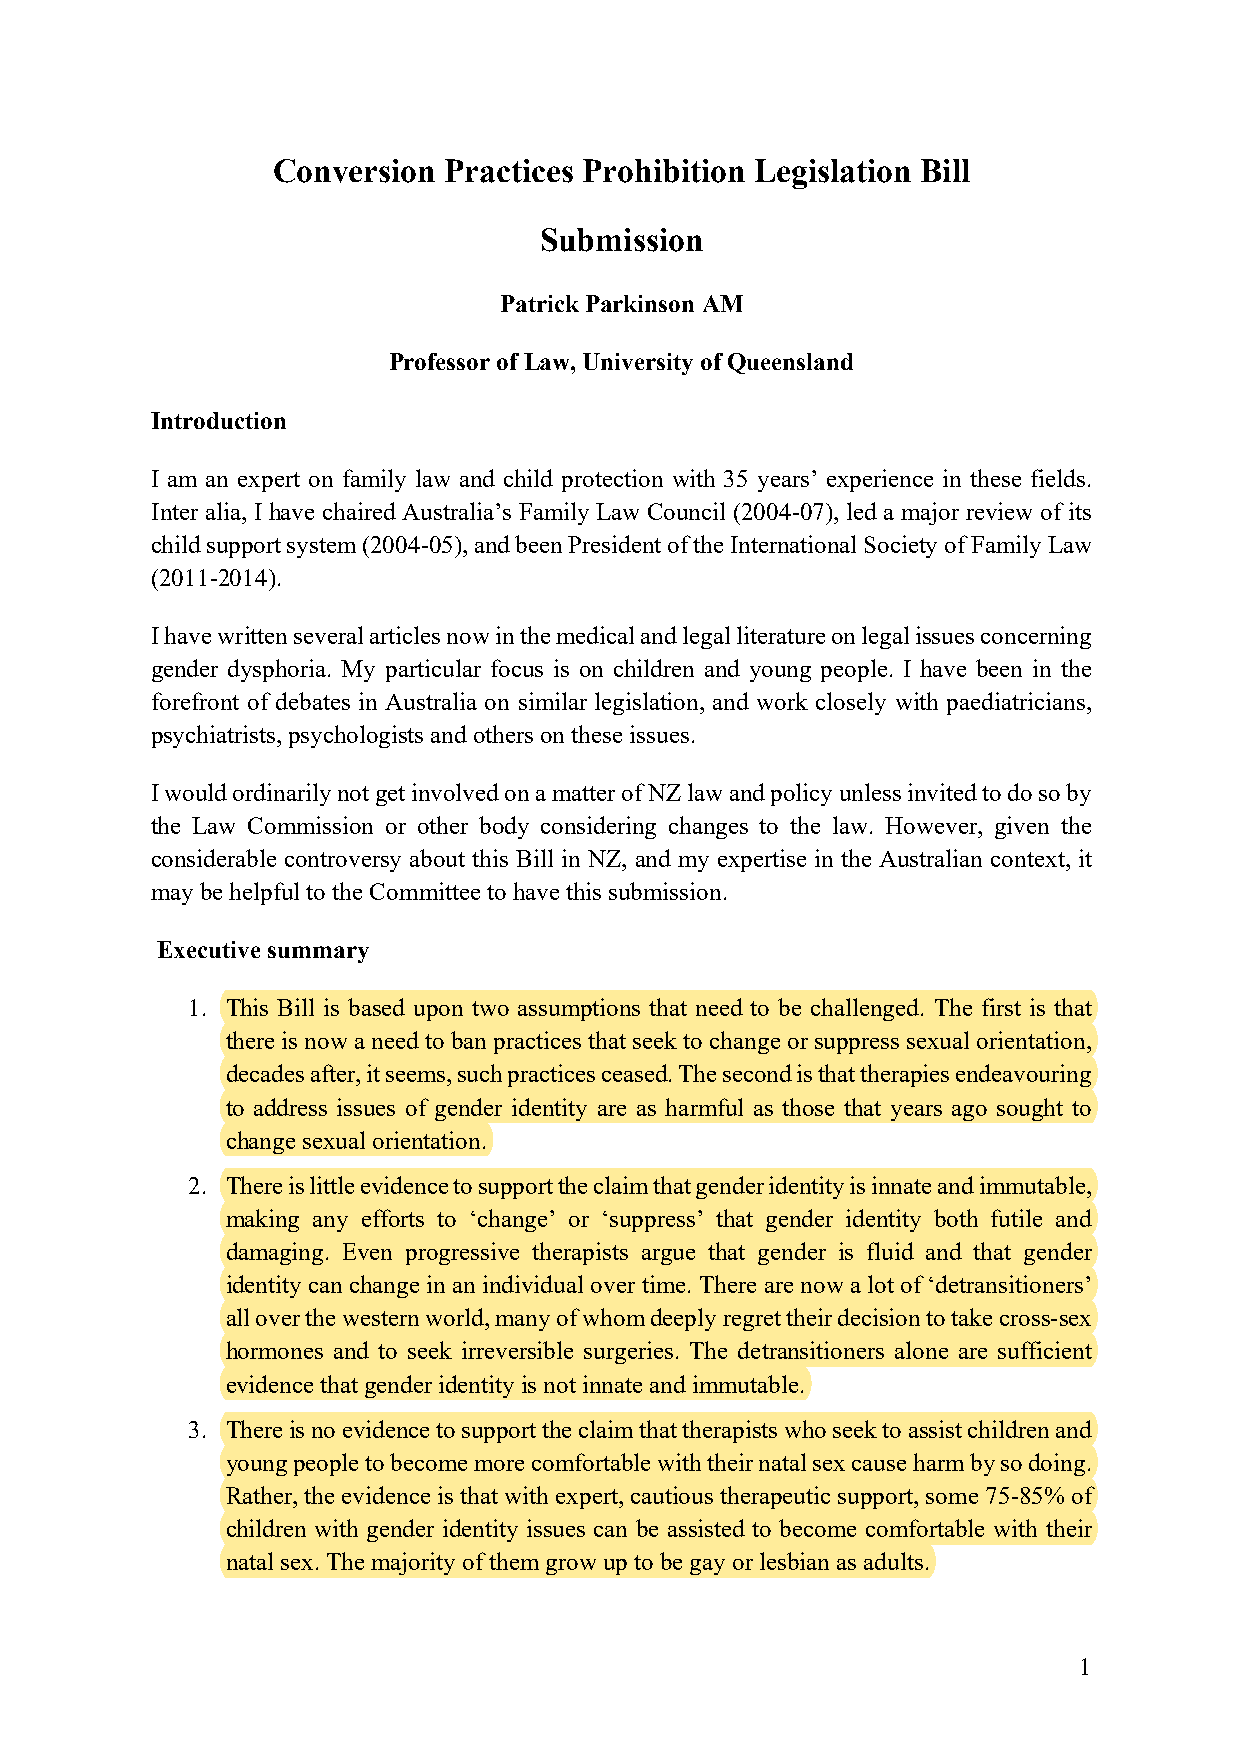
Conversion Practices Prohibition Legislation Bill
 Submission
 Patrick Parkinson AM
 Professor of Law, University of Queensland
 Introduction
 I am an expert on family law and child protection with 35 years’ experience in these fields.
 Inter alia, I have chaired Australia’s Family Law Council (2004-07), led a major review of its
 child support system (2004-05), and been President of the International Society of Family Law
 (2011-2014).
 I have written several articles now in the medical and legal literature on legal issues concerning
 gender dysphoria. My particular focus is on children and young people. I have been in the
 forefront of debates in Australia on similar legislation, and work closely with paediatricians,
 psychiatrists, psychologists and others on these issues.
 I would ordinarily not get involved on a matter of NZ law and policy unless invited to do so by
 the Law Commission or other body considering changes to the law. However, given the
 considerable controversy about this Bill in NZ, and my expertise in the Australian context, it
 may be helpful to the Committee to have this submission.
 Executive summary
 1. This Bill is based upon two assumptions that need to be challenged. The first is that
 there is now a need to ban practices that seek to change or suppress sexual orientation,
 decades after, it seems, such practices ceased. The second is that therapies endeavouring
 to address issues of gender identity are as harmful as those that years ago sought to
 change sexual orientation.
 2. There is little evidence to support the claim that gender identity is innate and immutable,
 making any efforts to ‘change’ or ‘suppress’ that gender identity both futile and
 damaging. Even progressive therapists argue that gender is fluid and that gender
 identity can change in an individual over time. There are now a lot of ‘detransitioners’
 all over the western world, many of whom deeply regret their decision to take cross-sex
 hormones and to seek irreversible surgeries. The detransitioners alone are sufficient
 evidence that gender identity is not innate and immutable.
 3. There is no evidence to support the claim that therapists who seek to assist children and
 young people to become more comfortable with their natal sex cause harm by so doing.
 Rather, the evidence is that with expert, cautious therapeutic support, some 75-85% of
 children with gender identity issues can be assisted to become comfortable with their
 natal sex. The majority of them grow up to be gay or lesbian as adults.
 1